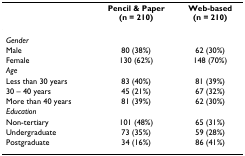
<table><thead><tr><td></td><td><b>Pencil &amp; Paper(n = 210)</b></td><td><b>Web-based(n = 210)</b></td></tr></thead><tbody><tr><td><i>Gender</i></td><td></td><td></td></tr><tr><td>Male</td><td>80 (38%)</td><td>62 (30%)</td></tr><tr><td>Female</td><td>130 (62%)</td><td>148 (70%)</td></tr><tr><td><i>Age</i></td><td></td><td></td></tr><tr><td>Less than 30 years</td><td>83 (40%)</td><td>81 (39%)</td></tr><tr><td>30 – 40 years</td><td>45 (21%)</td><td>67 (32%)</td></tr><tr><td>More than 40 years</td><td>81 (39%)</td><td>62 (30%)</td></tr><tr><td><i>Education</i></td><td></td><td></td></tr><tr><td>Non-tertiary</td><td>101 (48%)</td><td>65 (31%)</td></tr><tr><td>Undergraduate</td><td>73 (35%)</td><td>59 (28%)</td></tr><tr><td>Postgraduate</td><td>34 (16%)</td><td>86 (41%)</td></tr></tbody></table>